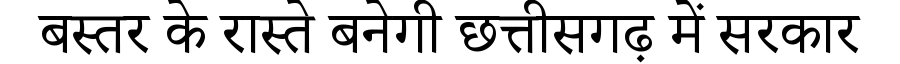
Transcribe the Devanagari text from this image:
बस्तर के रास्ते बनेगी छत्तीसगढ़ में सरकार